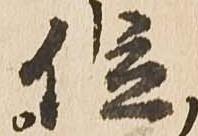
位